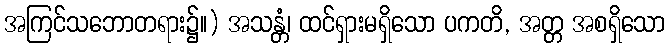
အကြင်သဘောတရား၌။) အသန္တံ၊ ထင်ရှားမရှိသော ပကတိ, အတ္တ အစရှိသော